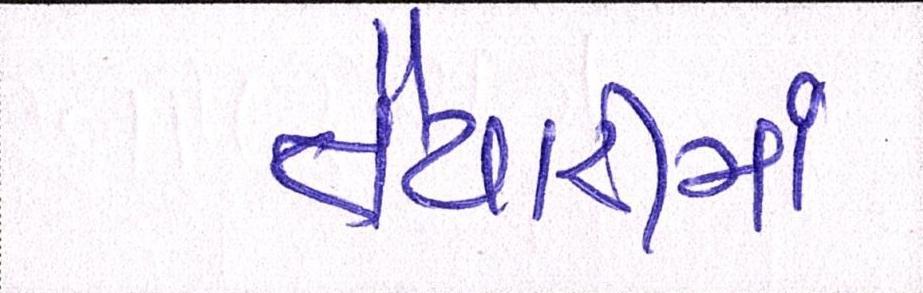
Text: તૈયારીમાં